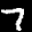
Label: 7